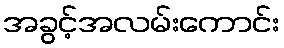
အခွင့်အလမ်းကောင်း